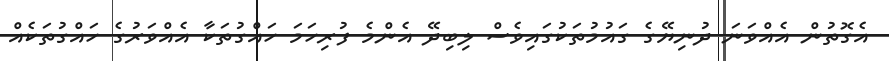
އެގޮތުން އެއްވަނަ ދުނިޔޭގެ ގައުމުތަކުގައިވެސް ލިބިދޭ އެންމެ ފުރިހަމަ ހައްގުތަކާ އެއްވަރުގެ ހައްގުތަކެއް